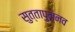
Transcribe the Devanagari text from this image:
सुत्तापुन्नव